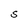
Character: S